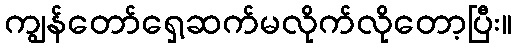
ကျွန်တော်ရှေ့ဆက်မလိုက်လိုတော့ပြီး။